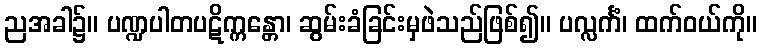
ညအခါ၌။ ပဏ္ဍပါတပဋိက္ကန္တော၊ ဆွမ်းခံခြင်းမှဖဲသည်ဖြစ်၍။ ပလ္လင်္ကံ၊ ထက်ဝယ်ကို။